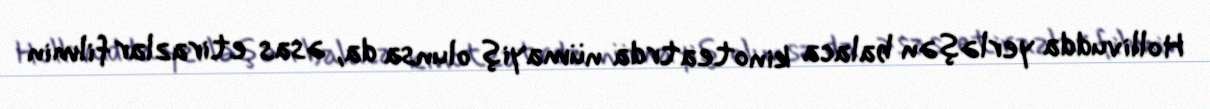
Hollivudda yerləşən balaca kinoteatrda nümayiş olunsa da, əsas etirazlar filmin